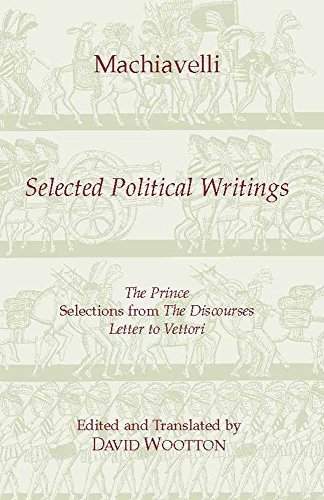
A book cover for Machiavelli: Selected Political Writings (Hackett Classics); Niccolo Machiavelli; Politics & Social Sciences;